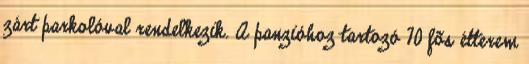
zárt parkolóval rendelkezik. A panzióhoz tartozó 70 fõs étterem